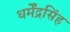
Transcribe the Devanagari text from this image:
धर्मेंद्रसिंह